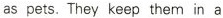
as pets.They keep them in a